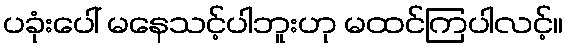
ပခုံးပေါ် မနေသင့်ပါဘူးဟု မထင်ကြပါလင့်။